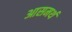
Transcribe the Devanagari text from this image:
आसमर्थ